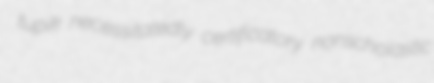
tupik necessitatedly certificatory nonscholastic